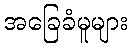
အခြေခံမူများ